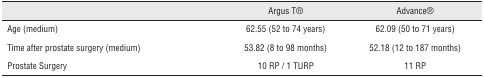
<table><thead><tr><td></td><td><b>Argus T®</b></td><td><b>Advance®</b></td></tr></thead><tbody><tr><td>Age (medium)</td><td>62.55 (52 to 74 years)</td><td>62.09 (50 to 71 years)</td></tr><tr><td>Time after prostate surgery (medium)</td><td>53.82 (8 to 98 months)</td><td>52.18 (12 to 187 months)</td></tr><tr><td>Prostate Surgery</td><td>10 RP / 1 TURP</td><td>11 RP</td></tr></tbody></table>